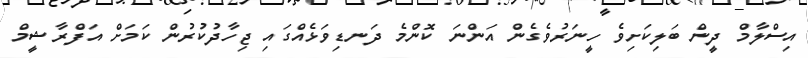
އިސްލާމް ދީން ބަލިކަށިވެ ހީނަރުވެގެން އަންނަ ކޮންމެ ދަނޑިވަޅެއްގައި ޖިހާދުކުރުން ކަމަށް އަފްރާޝީމް